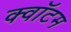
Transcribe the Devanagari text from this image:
क्‍वॉटम